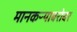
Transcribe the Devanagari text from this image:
मानकऱ्याबरोबर